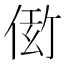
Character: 𬾫